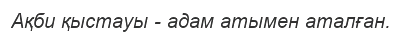
Ақби қыстауы - адам атымен аталған.